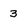
Character: 3